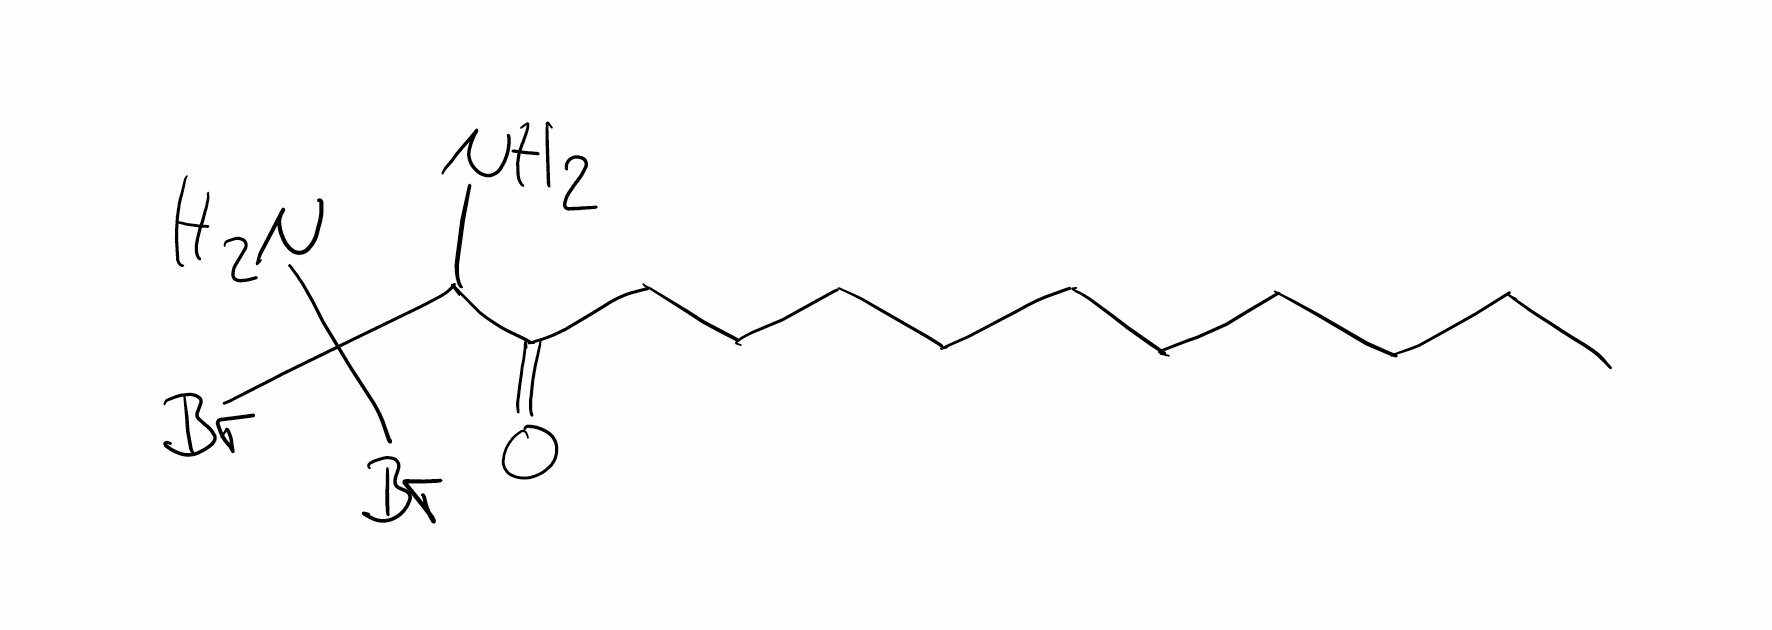
Simplified molecular-input line-entry system (SMILES) notation of the given molecule:
CCCCCCCCCCC(=O)C(C(N)(Br)Br)N